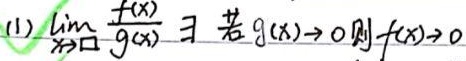
(1) 若 $\lim_{x \to \square} \frac{f(x)}{g(x)}$ 存在，且 $g(x)\to 0$，则 $f(x)\to 0$ 。